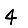
Digit: 4